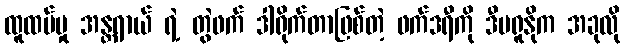
ထူထပ်မှု အန္တရာယ် ရဲ့ တွဲဖက် ဒါရိုက်တာဖြစ်တဲ့ ဖက်ဒရီကို ဒီဗရူနိုက အခုလို